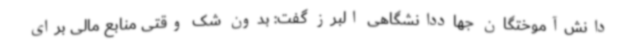
دانش‌آموختگان جهاددانشگاهی البرز گفت: بدون شک وقتی منابع مالی برای